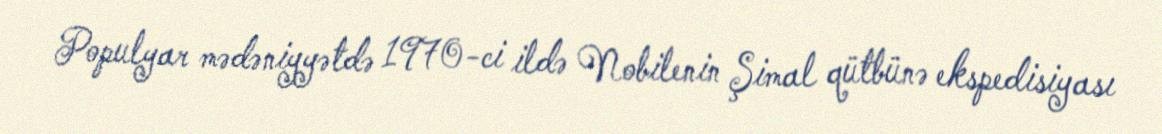
Populyar mədəniyyətdə 1970-ci ildə Nobilenin Şimal qütbünə ekspedisiyası